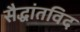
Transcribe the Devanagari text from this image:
सैद्धांतविद